Leaving Certificate Examination, 1919
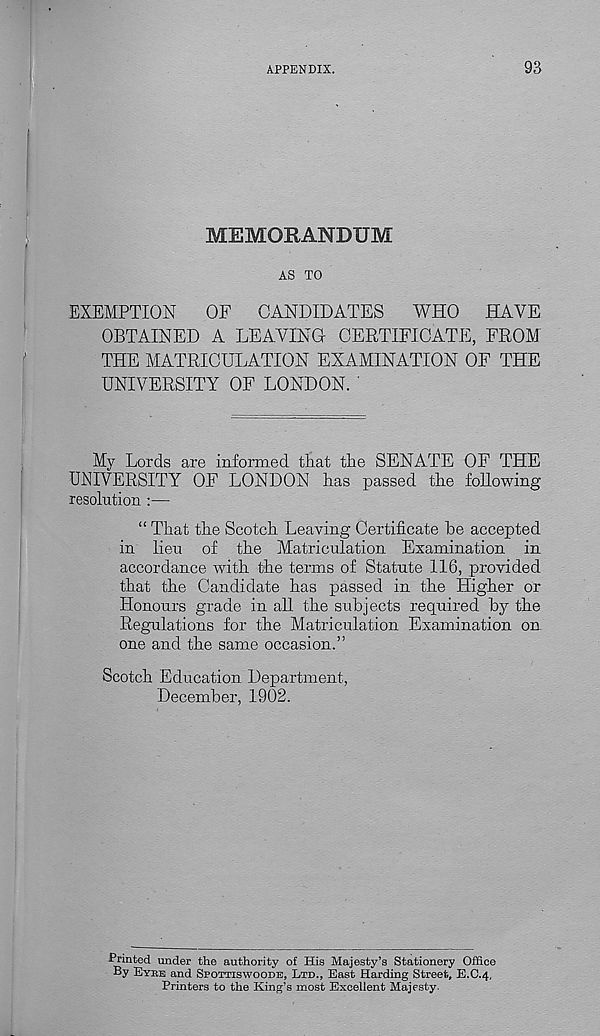
APPENDIX.
93
MEMORANDUM
AS TO
EXEMPTION
OF
CANDIDATES
WHO
HAVE
OBTAINED A LEAVING CERTIFICATE, FROM
THE MATRICULATION EXAMINATION OF THE
UNIVERSITY OF LONDON. '
My Lords are informed that the SENATE OF THE
UNIVERSITY OF LONDON has passed the following
resolution :—
“ That the Scotch Leaving Certificate be accepted
in lieu of the Matriculation Examination in
accordance with the terms of Statute 116, provided
that the Candidate has passed in the Higher or
Honours grade in all the subjects required by the
Regulations for the Matriculation Examination on
one and the same occasion.”
Scotch Education Department,
December, 1902.
Printed under the authority of His Majesty’s Stationery Office
By Eybe and Spottiswoode, Ltd., East Harding Street, E.C.4,
Printers to the King’s most Excellent Majesty.